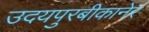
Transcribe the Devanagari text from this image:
उदयपुरबीकानेर